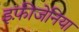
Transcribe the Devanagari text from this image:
इफ़ीजेनिया